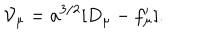
{ \cal V } _ { \mu } = a ^ { 3 / 2 } [ D _ { \mu } - f _ { \mu } ^ { \prime } ] .